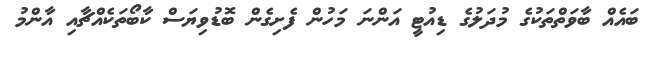
ބައެއް ބާވަތްތަކުގެ މުދަލުގެ ޑިއުޓީ އަންނަ މަހުން ފެށިގެން ބޮޑުވިޔަސް ކާބޯތަކެއްޗާއި އާންމު